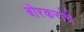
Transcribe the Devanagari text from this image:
बोरकरांचे